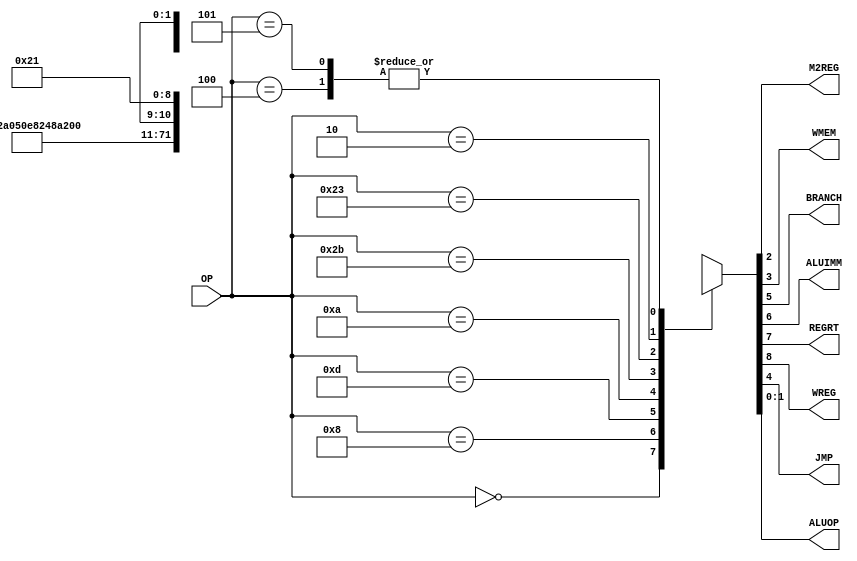
`timescale 1ns / 1ps
//maindec
module maindec(
	input [5:0]OP,
	output M2REG,WMEM,BRANCH,ALUIMM,REGRT,WREG,JMP,
	output [1:0]ALUOP
);

reg [8:0] CONTROLS;
assign {WREG,REGRT,ALUIMM,BRANCH,JMP,WMEM,M2REG,ALUOP} = CONTROLS;

always @(*)
case(OP)
//special
	6'b000000: CONTROLS = 9'b110_00_00_10;//op:10 :look at func
//addi
	6'b001000: CONTROLS = 9'b101_00_00_00;//op:00 :add
//ori
	6'b001101: CONTROLS = 9'b101_00_00_11;//op:11 :or
//slti
	6'b001010: CONTROLS = 9'b101_00_00_01;//op:01 :substract
//sw
	6'b101011: CONTROLS = 9'b001_00_10_00;//op:00 :add
//lw
	6'b100011: CONTROLS = 9'b101_00_01_00;//op:00 :add
//j
	6'b000010: CONTROLS = 9'b000_01_00_xx;//op:xx :don't need alu,so what about give 11 ?
//beq
	6'b000100: CONTROLS = 9'b000_10_00_01;//op:00 :sub rs rt
//bne
	6'b000101: CONTROLS = 9'b000_10_00_01;//op:00 :sub rs rt //modify logic of JMP signal , consider the diffrent between beq and bne
//default
	default  : CONTROLS = 9'bxxx_xx_xx_xx;//other operations
endcase

endmodule